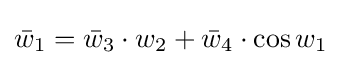
{\bar {w}}_{1}={\bar {w}}_{3}\cdot w_{2}+{\bar {w}}_{4}\cdot \cos w_{1}